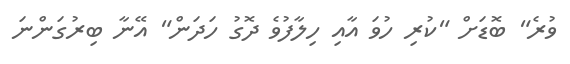
ވުރެ" ބޮޑަށް "ކުރި ހުވަ އާއި ހިލާފުވެ ދޮގު ހަދަން" އޭނާ ބިރުގަންނަ